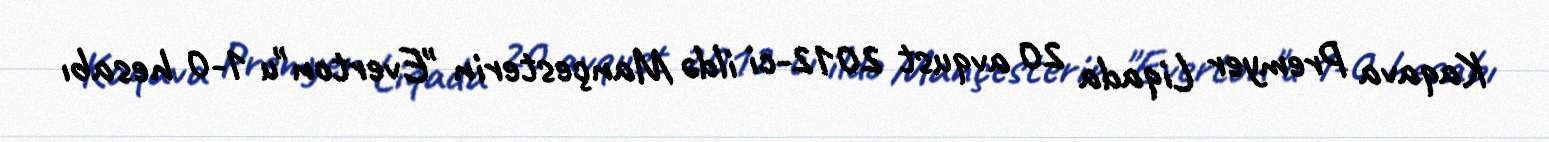
Kaqava Premyer Liqada 20 avqust 2012-ci ildə Mançesterin "Everton"u 1-0 hesabı